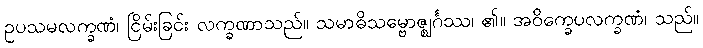
ဥပသမလက္ခဏံ၊ ငြိမ်းခြင်း လက္ခဏာသည်။ သမာဓိသမ္ဗောဇ္ဈင်္ဂဿ၊ ၏။ အဝိက္ခေပလက္ခဏံ၊ သည်။